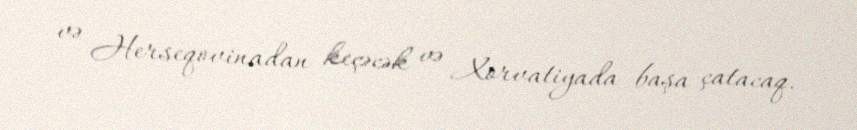
və Herseqovinadan keçəcək və Xorvatiyada başa çatacaq.